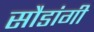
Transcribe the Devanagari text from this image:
सौडांगी